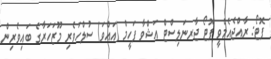
ފޮޓޯ: ރާއްޖެއެމްވީ ފޮޓޯ ޖާރނަލިސްޓް އަޝްވާ ފަހީމް (އައްވަ) ސުލްހަވެރި މޫޒަހަރާގެ ބައިވެރިން